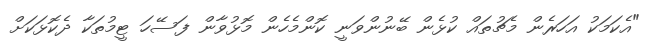
"އެކަމަކު އަހަރެން މެޗުތައް ކުޅެން ބޭނުންވަނީ ކޮންމެެހެން މޮޅުވާން ފަސޭހަ ޓީމުތަކާ ދެކޮޅަކަށް